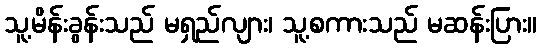
သူ့မိန်းခွန်းသည် မရှည်လျား၊ သူ့စကားသည် မဆန်းပြား။